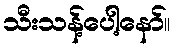
သီးသန့်ပေါ့နော်။